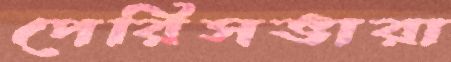
পেরিসভারা